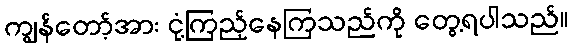
ကျွန်တော့်အား ငုံ့ကြည့်နေကြသည်ကို တွေ့ရပါသည်။